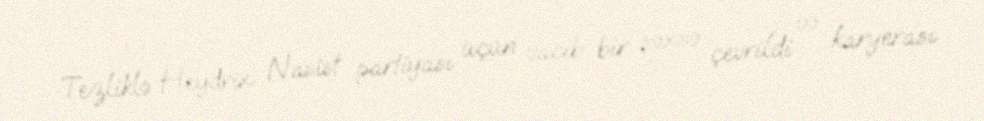
Tezliklə Heydrix Nasist partiyası üçün vacib bir şəxsə çevrildi və karyerası